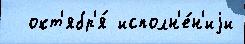
  окт'ябр'я́ исполн'е́н'иjи